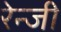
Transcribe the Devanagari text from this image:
रेन्जी